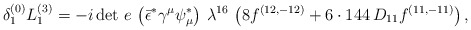
\begin{align*}{\delta_1^{(0)} L^{(3)}_1 = -i \, {\det\,e}\, \left(\bar \epsilon^* \gamma^\mu \psi_\mu^*\right)\, \lambda^{16}\,\left( 8 f^{(12,-12)} + 6 \cdot 144\, D_{11} f^{(11,-11)}\right),}\end{align*}